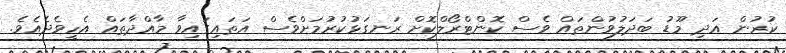
ކުރުން އަދި މޫޑު ބަދަލުވުންތައް ވެސް ކޮންޓްރޯލްކޮށް ރަނގަޅުކުރުމަށްވެސް އަތައިގައިވާ މާއްދާތައް އެހީވެދެއެވެ.